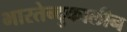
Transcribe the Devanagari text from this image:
भारतेन्दुकालीन